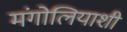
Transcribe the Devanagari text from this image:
मंगोलियाशी